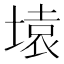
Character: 𰊍